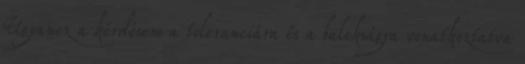
Ugyanez a kérdésem a toleranciára és a balekságra vonatkoztatva